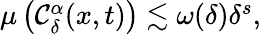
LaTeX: \begin{array}{r}{\mu\left(\mathcal{C}_{\delta}^{\alpha}(x,t)\right)\lesssim\omega(\delta)\delta^{s},}\end{array}